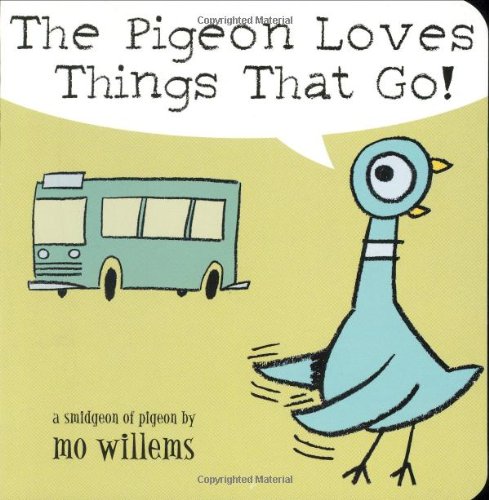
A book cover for The Pigeon Loves Things That Go!; Mo Willems; Children's Books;